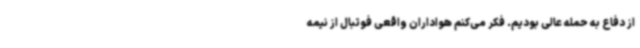
از دفاع به حمله عالی بودیم. فکر می‌کنم هواداران واقعی فوتبال از نیمه